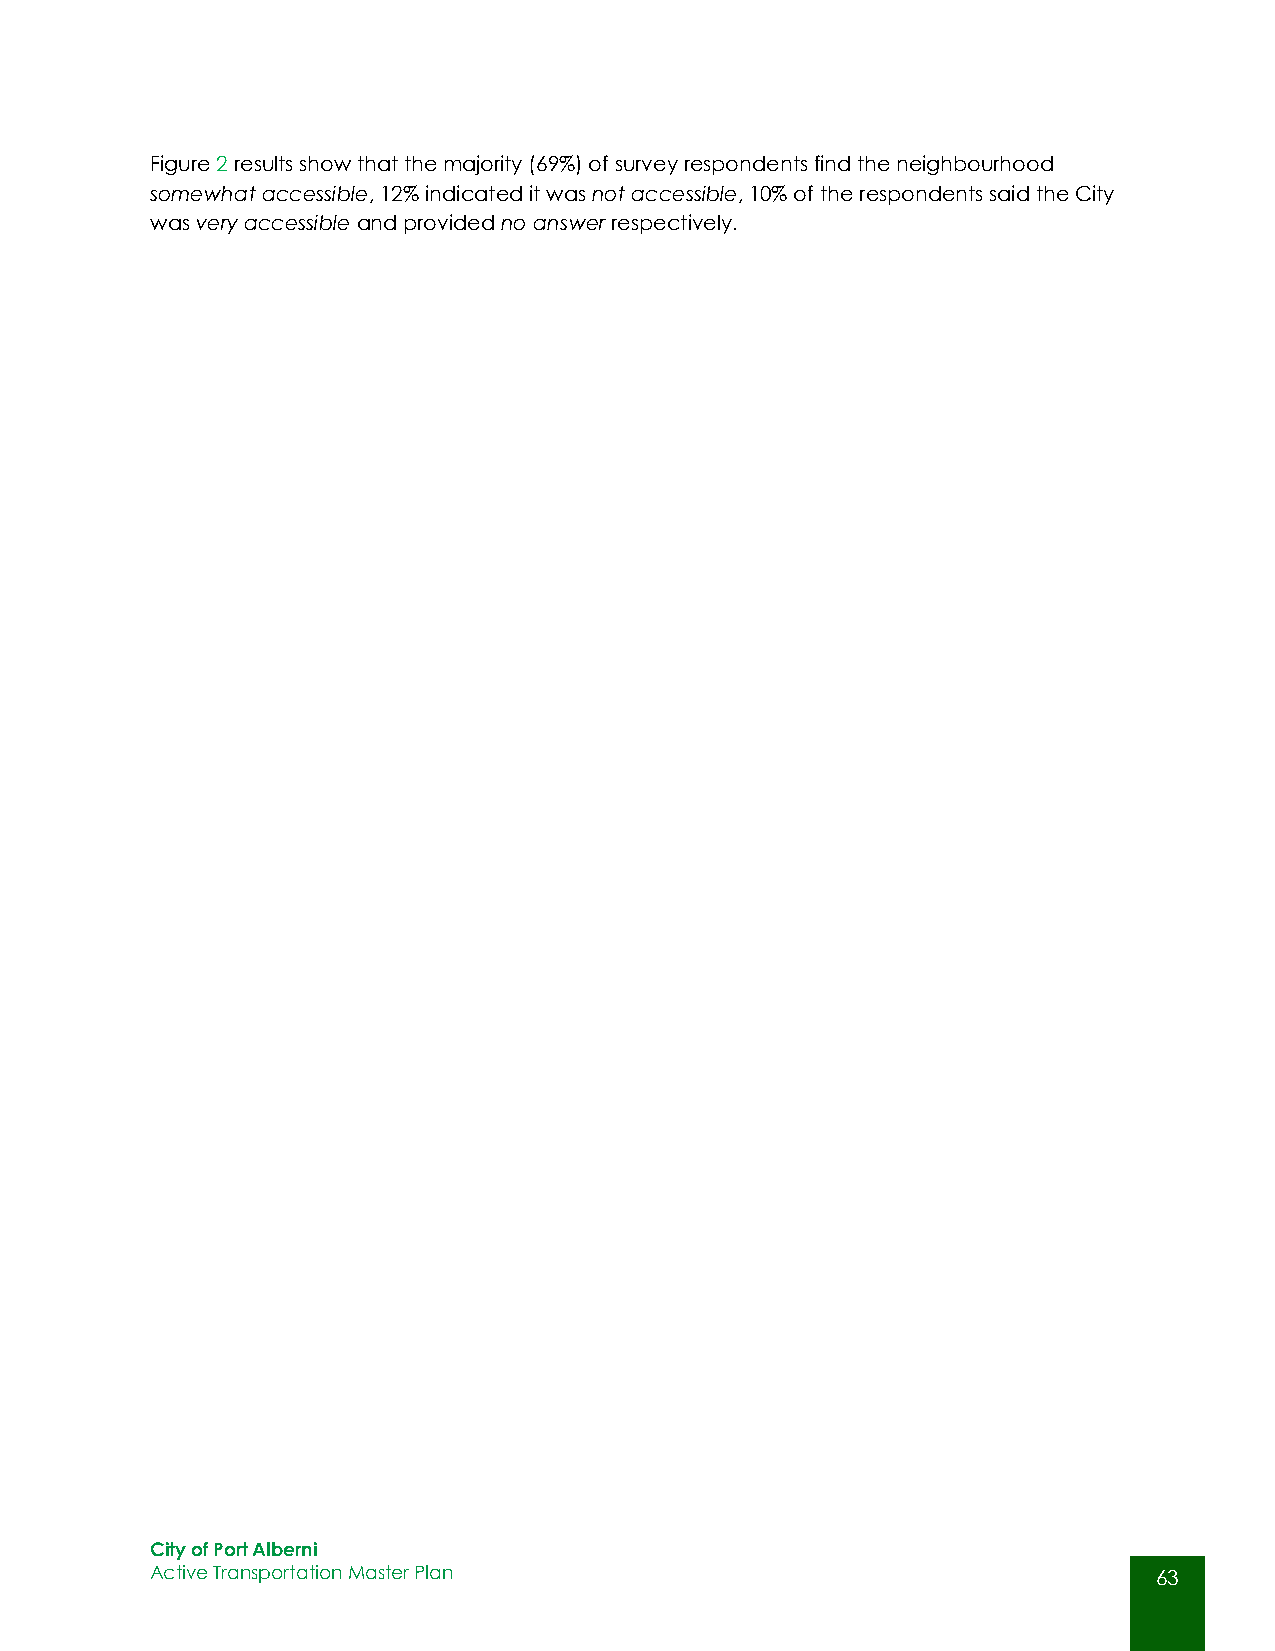
Figure 2 results show that the majority (69%) of survey respondents find the neighbourhood
 somewhat accessible, 12% indicated it was not accessible, 10% of the respondents said the City
 was very accessible and provided no answer respectively.
 City of Port Alberni
 Active Transportation Master Plan                                  63
 63